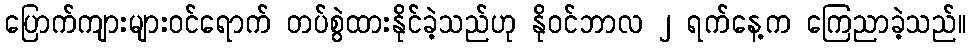
ပြောက်ကျားများဝင်ရောက် တပ်စွဲထားနိုင်ခဲ့သည်ဟု နိုဝင်ဘာလ ၂ ရက်နေ့က ကြေညာခဲ့သည်။